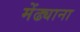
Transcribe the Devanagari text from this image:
मेंढ्याना